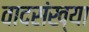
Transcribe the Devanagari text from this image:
वादसंख्या